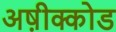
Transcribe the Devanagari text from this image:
अष़ीक्कोड